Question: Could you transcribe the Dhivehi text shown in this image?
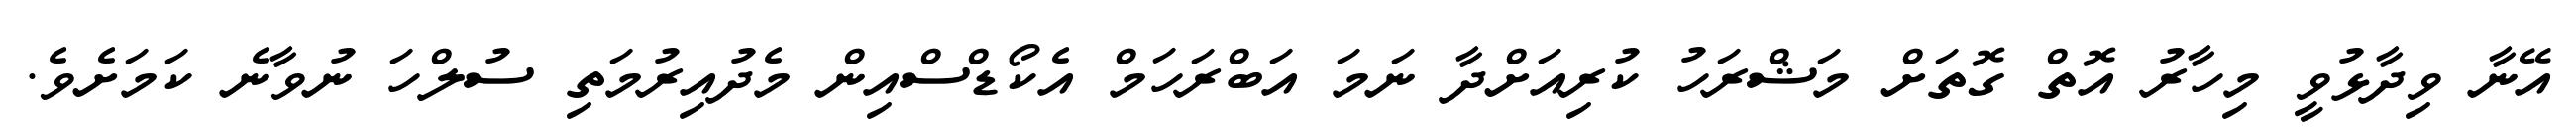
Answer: އޭނާ ވިދާޅުވީ މިހާރު އޮތް ގޮތަށް މަޝްރަހު ކުރިއަށްދާ ނަމަ އަބްރަހަމް އެކޯޑްސްއިން މެދުއިރުމަތި ސުލްހަ ނުވާނެ ކަމަށެވެ.